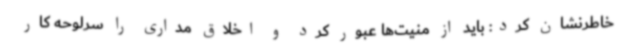
خاطرنشان کرد: باید از منیت‌ها عبور کرد و اخلاق مداری را سرلوحه کار